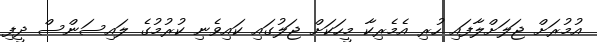
އުމުރަށް ޖަލަށްލާފައި ހުރި އެމެރިކާ މީހަކަށް ޖަލުގައި ކައިވެނި ކުރުމުގެ ލައިސަންސް ދީފި